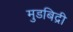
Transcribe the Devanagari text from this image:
मुडबिद्री